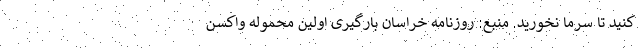
کنید تا سرما نخورید. منبع: روزنامه خراسان بارگیری اولین محموله واکسن